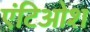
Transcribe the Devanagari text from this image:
एंटिओश